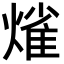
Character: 熦